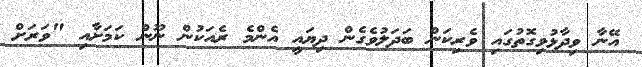
އޭނާ ވިދާޅުވިގޮތުގައި ވެރިކަން ބަދަލުވެގެން ދިޔައީ އެންމެ ރެއަކުން ނޫން ކަމަށާއި "ވަރަށް